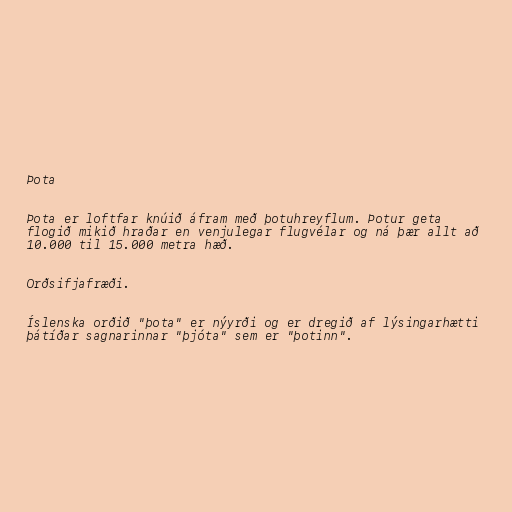
Þota

Þota er loftfar knúið áfram með þotuhreyflum. Þotur geta
flogið mikið hraðar en venjulegar flugvélar og ná þær allt að
10.000 til 15.000 metra hæð.

Orðsifjafræði.

Íslenska orðið "þota" er nýyrði og er dregið af lýsingarhætti
þátíðar sagnarinnar "þjóta" sem er "þotinn".